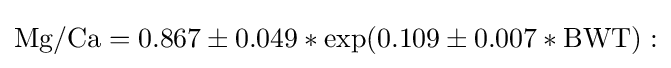
\mathrm {Mg/Ca} =0.867\pm 0.049*\exp(0.109\pm 0.007*\mathrm {BWT} ):